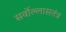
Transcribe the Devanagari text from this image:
सर्वोल्लासतंत्र